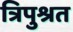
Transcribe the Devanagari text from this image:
त्रिपुश्रत